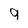
Character: 9